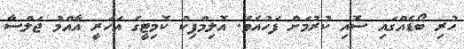
ހުރި ބޯޑެއްގައި ސޮއި ކުރުމަށް ފަހުއެވެ. އޮލިމްޕިކް ކޮމިޓީގެ އަހަރީ އާއްމު ޖަލްސާ